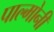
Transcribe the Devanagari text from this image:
पाल्मोनी